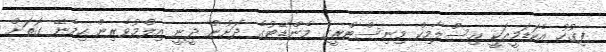
ފިގުހު އެކަޑަމީއަކީ އިސްލާމިކް މިނިސްޓްރީގެ މެންޑޭޓުގެ ދަށުން ދީނީ އިލްމުވެރިން ހިމެނޭ ގޮތަށް